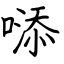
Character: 𠻹